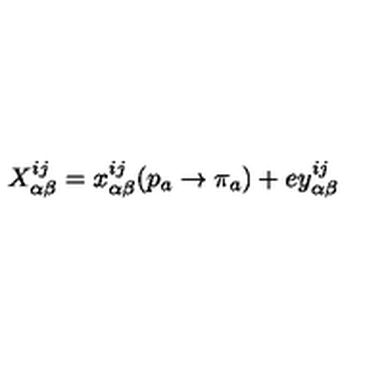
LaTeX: X _ { \alpha \beta } ^ { i j } = x _ { \alpha \beta } ^ { i j } ( p _ { a } \rightarrow \pi _ { a } ) + e y _ { \alpha \beta } ^ { i j }